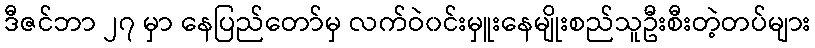
ဒီဇင်ဘာ ၂၇ မှာ နေပြည်တော်မှ လက်ဝဲ၀င်းမှူးနေမျိုးစည်သူဦးစီးတဲ့တပ်များ